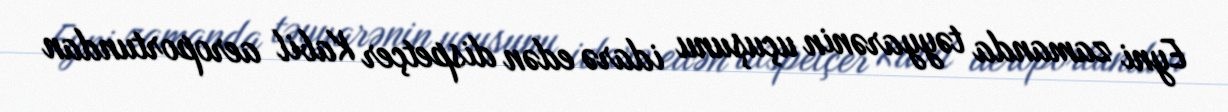
Eyni zamanda təyyarənin uçuşunu idarə edən dispetçer Kabil aeroportundan